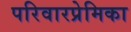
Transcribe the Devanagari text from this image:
परिवारप्रेमिका